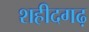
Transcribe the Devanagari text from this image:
शहीदगढ़